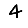
Digit: 4